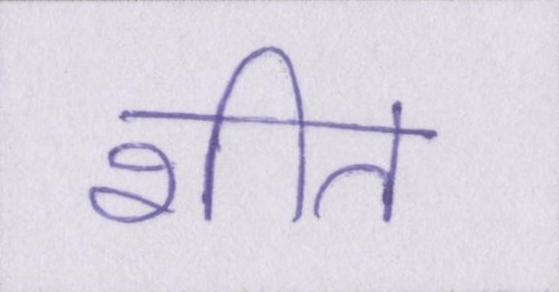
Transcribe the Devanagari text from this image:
शीत